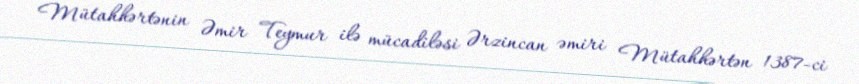
Mütahhərtənin Əmir Teymur ilə mücadiləsi Ərzincan əmiri Mütahhərtən 1387-ci